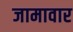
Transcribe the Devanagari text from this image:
जामावार